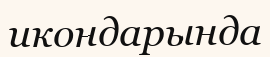
икондарында